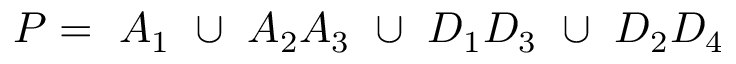
P = ~ A _ { 1 } ~ \cup ~ A _ { 2 } A _ { 3 } ~ \cup ~ D _ { 1 } D _ { 3 } ~ \cup ~ D _ { 2 } D _ { 4 }